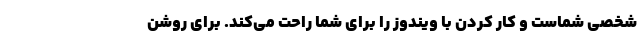
شخصی شماست و کار کردن با ویندوز را برای شما راحت می‌کند. برای روشن